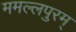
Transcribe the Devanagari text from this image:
ममल्लपुरम्